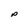
Character: p